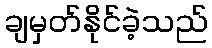
ချမှတ်နိုင်ခဲ့သည်